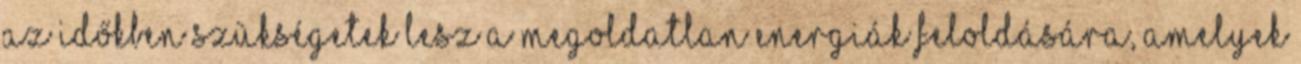
az időkben szükségetek lesz a megoldatlan energiák feloldására, amelyek